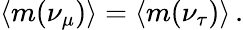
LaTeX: {\langle}m(\nu_{\mu}){\rangle}={\langle}m(\nu_{\tau}){\rangle}\, .